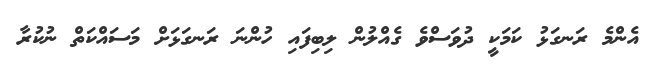
އެންމެ ރަނގަޅު ކަމަކީ ދުވަސްވެ ގެއްލުން ލިބިފައި ހުންނަ ރަނގަޅަށް މަސައްކަތް ނުކުރާ